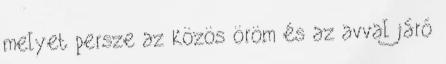
melyet persze az közös öröm és az avval járó